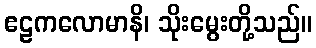
ဧဠကလောမာနိ၊ သိုးမွေးတို့သည်။